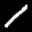
Label: 1